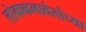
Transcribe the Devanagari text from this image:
लोककलावंतांच्या